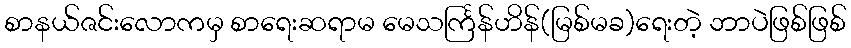
စာနယ်ဇင်းလောကမှ စာရေးဆရာမ မေသင်္ကြန်ဟိန်(မြစ်မခ)ရေးတဲ့ ဘာပဲဖြစ်ဖြစ်